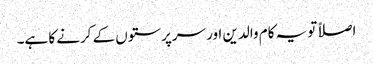
اصلاً تو یہ کام والدین اور سرپرستوں کے کرنے کا ہے۔